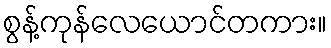
စွန့်ကုန်လေယောင်တကား။